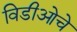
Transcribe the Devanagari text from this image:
विडीओचे